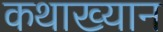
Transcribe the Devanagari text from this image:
कथाख्यान